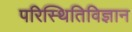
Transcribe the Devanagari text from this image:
परिस्थितिविज्ञान